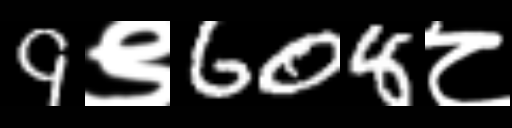
Text: 9९608८